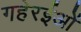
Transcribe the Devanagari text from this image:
गहेरईओं